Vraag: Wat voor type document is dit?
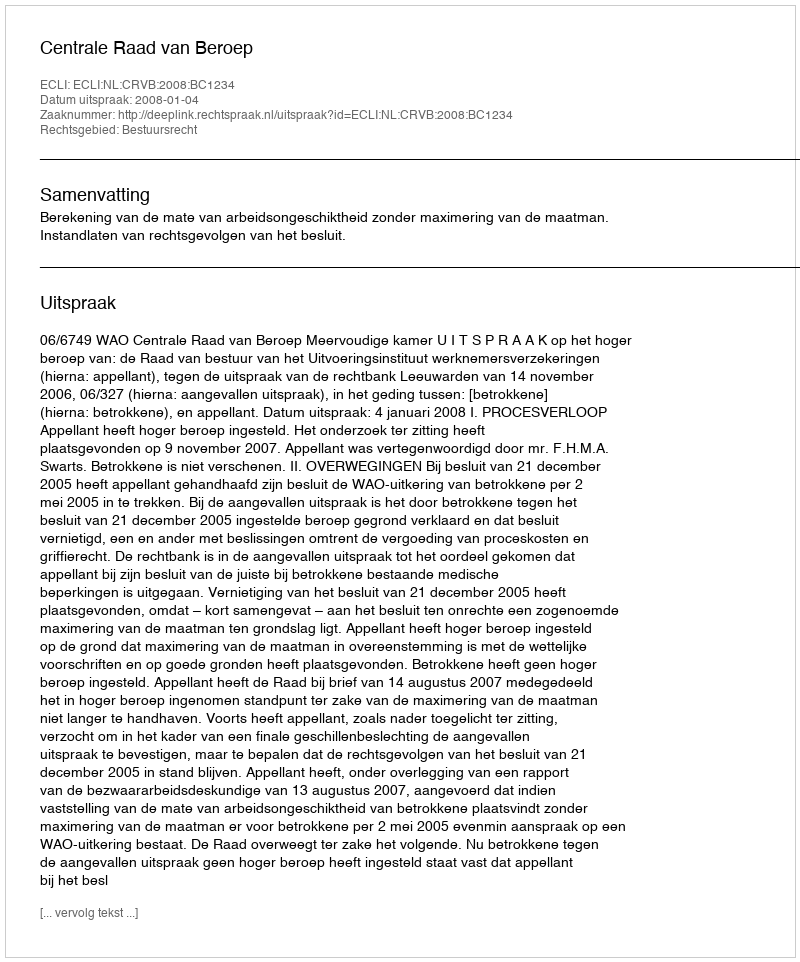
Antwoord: Uitspraak